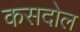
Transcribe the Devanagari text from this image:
कसदोल